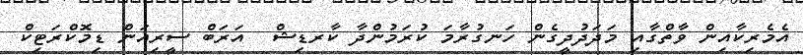
އެމެރިކާއިން ވާތްގާއި މަދަދުދީގެން ހަނގުރާމަ ކުރަމުންދާ ކާރޑިޝް  އަރަބް ސީރިއަން ޑިމޮކްރަޓިކް